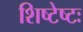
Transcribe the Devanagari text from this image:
शिष्टेष्टः